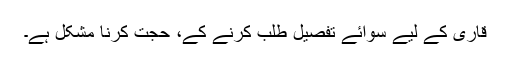
قاری کے لیے سوائے تفصیل طلب کرنے کے، حجت کرنا مشکل ہے۔